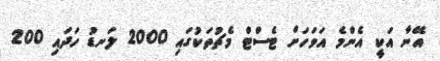
އޭނާ އަކީ އެންމެ އަވަހަށް ޓެސްޓް މެޗުތަކުގައި 2000 ލަނޑު ހަަދައި 200